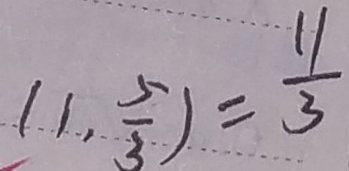
( 1 , \frac { 5 } { 3 } ) = \frac { 1 1 } { 3 }